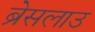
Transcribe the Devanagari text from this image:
ब्रेसलाउ